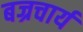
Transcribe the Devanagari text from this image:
बज्रचार्य